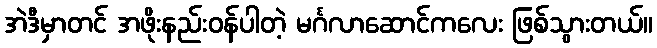
အဲဒီမှာတင် အဖိုးနည်းဝန်ပါတဲ့ မင်္ဂလာဆောင်ကလေး ဖြစ်သွားတယ်။